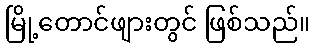
မြို့တောင်ဖျားတွင် ဖြစ်သည်။